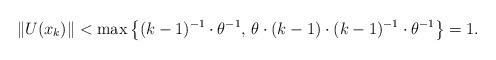
LaTeX: \begin{align*} \| U(x_k) \| < \max \big\{ (k-1)^{-1} \cdot \theta^{-1},\, \theta \cdot (k-1) \cdot (k-1)^{-1} \cdot \theta^{-1} \big\} = 1.\end{align*}